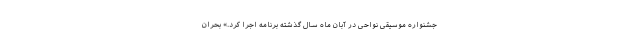
جشنواره موسیقی نواحی در آبان ماه سال گذشته برنامه اجرا کرد.» بحران